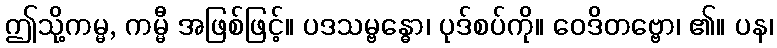
ဤသို့ကမ္မ, ကမ္မီ အဖြစ်ဖြင့်။ ပဒသမ္ဗန္ဓော၊ ပုဒ်စပ်ကို။ ဝေဒိတဗ္ဗော၊ ၏။ ပန၊